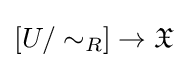
[U/\sim _{R}]\to {\mathfrak {X}}